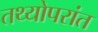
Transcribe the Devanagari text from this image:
तथ्योपरांत